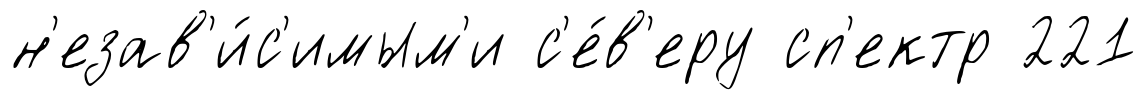
н'езав'и́с'имым'и с'е́в'еру сп'ектр 221